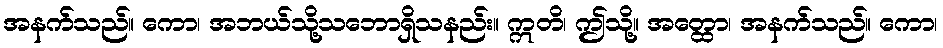
အနက်သည်။ ကော၊ အဘယ်သို့သဘောရှိသနည်း။ ဣတိ၊ ဤသို့။ အတ္ထော၊ အနက်သည်။ ကော၊